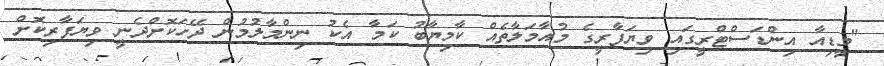
"މީޑިއާ އިންޑަސްޓްރީގައި ވިޔަފާރީގެ މުއާމަލާތެއް ކާމިޔާބު ކަމާ އެކު ނިންމާލުމުން ދޭހަކޮށްދެނީ ވިޔަފާރިކޮށް